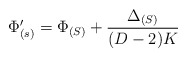
\begin{align*}\Phi'_{(s)} = \Phi_{(S)} + \frac{\Delta_{(S)}}{(D-2)K}\end{align*}